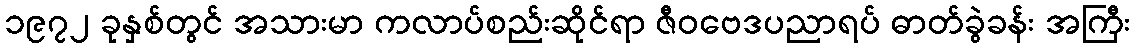
၁၉၇၂ ခုနှစ်တွင် အသားမာ ကလာပ်စည်းဆိုင်ရာ ဇီဝဗေဒပညာရပ် ဓာတ်ခွဲခန်း အကြီး